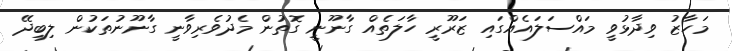
މަހާޒު ވިދާޅުވީ މައްސަލައެއްގައި ޒަރޫރީ ހާލަތެއް ގާނޫނީ ގޮތުން މެދުވެރިވާނީ ގާނޫނުތަކުން ލިބިދޭ